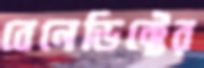
বেনেডিক্টের